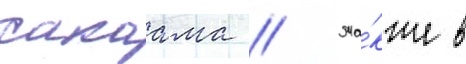
сакаама // Та́кже в